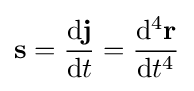
\mathbf {s} ={\frac {\mathrm {d} \mathbf {j} }{\mathrm {d} t}}={\frac {\mathrm {d} ^{4}\mathbf {r} }{\mathrm {d} t^{4}}}